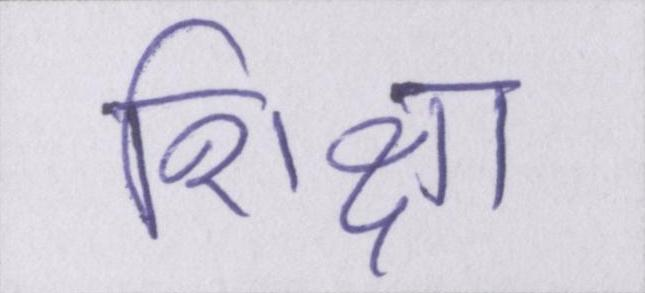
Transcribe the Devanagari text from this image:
शिक्षा